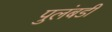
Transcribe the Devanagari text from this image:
पुलंबडी